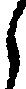
ら